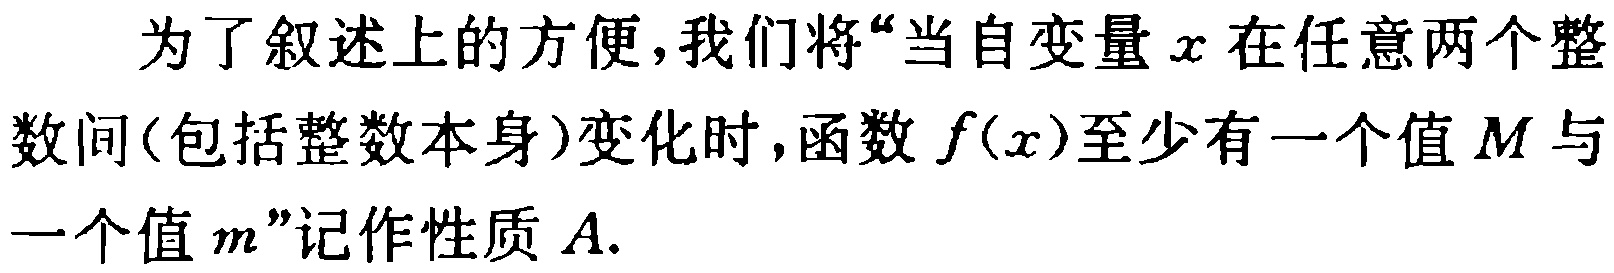
为了叙述上的方便,我们将“当自变量\(x\)在任意两个整数间(包括整数本身)变化时,函数\(f(x)\)至少有一个值\(M\)与一个值\(m\)”记作性质\(A\).